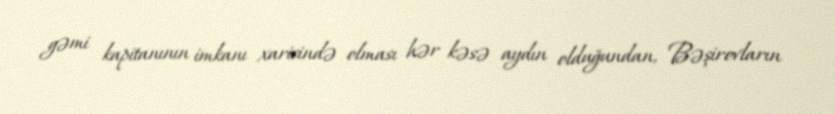
gəmi kapitanının imkanı xaricində olması hər kəsə aydın olduğundan, Bəşirovların